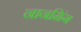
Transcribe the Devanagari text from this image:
नानमिंग